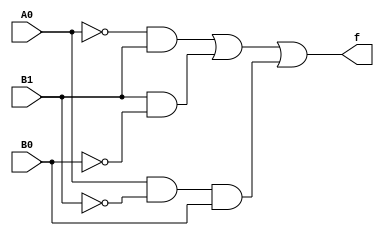
module S1F0(A0,B0,B1,f);
    input A0,B0,B1;
    output f;
    assign f = (~A0&B1)|(B1&~B0)|(A0&~B1&B0);
endmodule